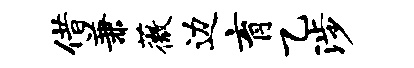
借兼薇边育乙涉